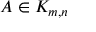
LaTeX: A \in K _ { m , n }